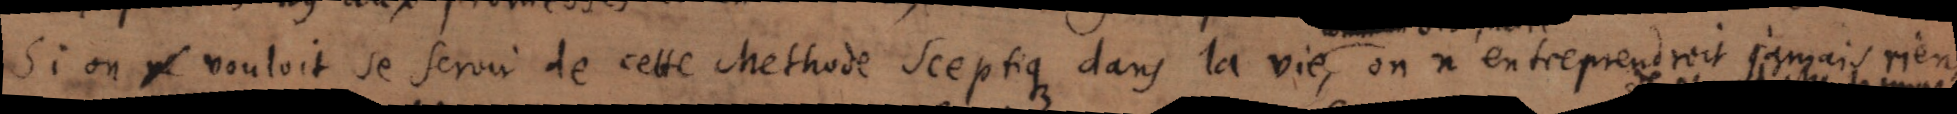
Si on ne vouloit se servir de cette Methode sceptique dans la vie , on n’entreprendroit jamais m’ en,